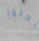
بحثوا